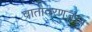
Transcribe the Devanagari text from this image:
वातावरणजन्य